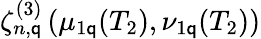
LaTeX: \zeta_{n,\mathsf{q}}^{(3)}\left(\mu_{1\mathsf{q}}(T_{2}),\nu_{1\mathsf{q}}(T_{2})\right)